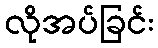
လိုအပ်ခြင်း